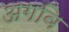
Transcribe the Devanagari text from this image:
अगवि